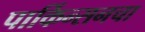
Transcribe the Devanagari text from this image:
पार्किन्सनचा